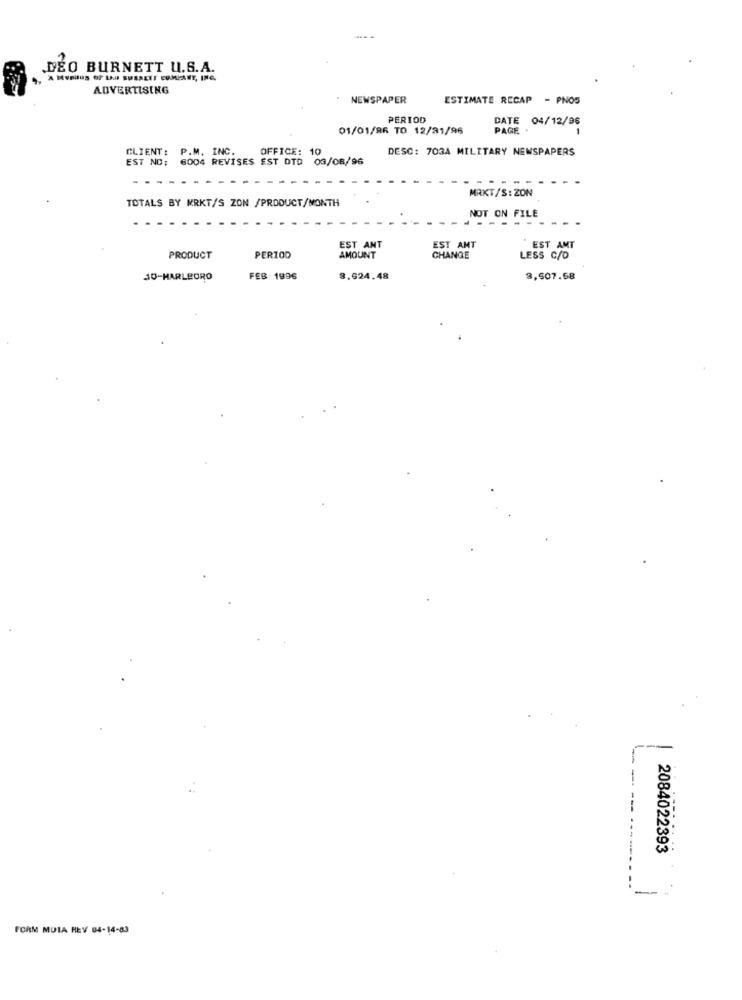
DEO BURNETT U.S.A.
A MYBIOS OF LAU SUSSEIT COMPANY, INC.
ADVERTISING
NEWSPAPER
ESTIMATE RECAP - PNOS
PERIOD
DATE 04/12/96
01/01/96 TO 12/31/96
PAGE
CLIENT: P.M. INC.
OFFICE: 1
DESC: 703A MILITARY NEWSPAPERS
EST NO:
6004 REVISES EST DTD 03/08/96
MRKT/S:ZON
TOTALS BY MRKT/S ZON /PRODUCT/MONTH
NOT ON FILE
EST ANT
EST AMT
EST AMT
PRODUCT
PERIOD
AMOUNT
CHANGE
LESS C/D
30-MARLBORO
FEB 1996
8.624.48
3,507.58
----
2084022393
FORM MUTA REV 04-14-83